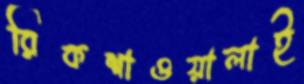
রিকশাওয়ালাই